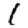
Digit: 1